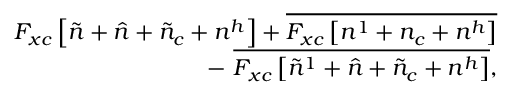
\begin{array} { r l r } & { } & { F _ { x c } \left[ \tilde { n } + \hat { n } + \tilde { n } _ { c } + n ^ { h } \right] + \overline { { F _ { x c } \left[ n ^ { 1 } + n _ { c } + n ^ { h } \right] } } } \\ & { } & { - ~ \overline { { F _ { x c } \left[ \tilde { n } ^ { 1 } + \hat { n } + \tilde { n } _ { c } + n ^ { h } \right] } } , } \end{array}